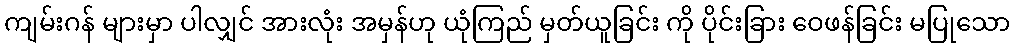
ကျမ်းဂန် များမှာ ပါလျှင် အားလုံး အမှန်ဟု ယုံကြည် မှတ်ယူခြင်း ကို ပိုင်းခြား ဝေဖန်ခြင်း မပြုသော